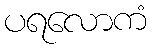
ပရလောကံ